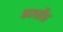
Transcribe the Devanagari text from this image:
कार्बोन्न